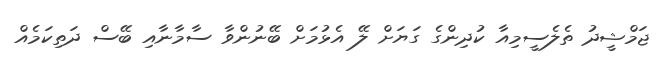
ޖަމްޝީދު ތެލެސީމިއާ ކުދިންގެ ގަޔަށް ލޭ އެޅުމަށް ބޭނުންވާ ސާމާނާއި ބޭސް ދަތިކަމެއް